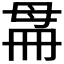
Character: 𣫳